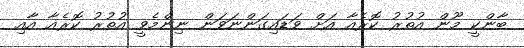
ބާންކީ މޫން އުތުރު ކޮރެއާ އަށް ވަޑައިގަންނަވަން ނިންމެވީ އުތުރު ކޮރެއާ އާއި